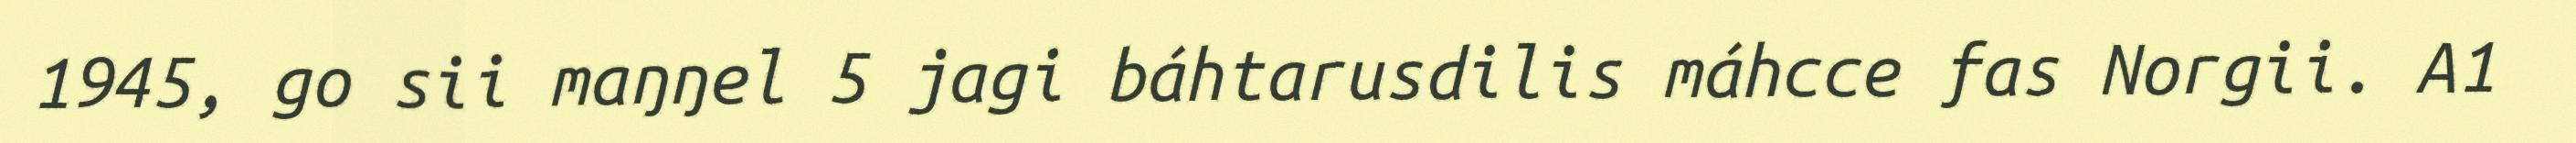
1945, go sii maŋŋel 5 jagi báhtarusdilis máhcce fas Norgii. A1